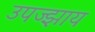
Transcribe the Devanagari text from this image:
उपज्झाय